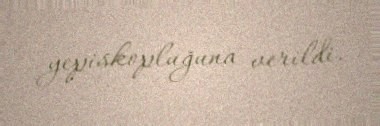
yepiskopluğuna verildi.